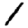
Digit: 1